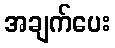
အချက်ပေး